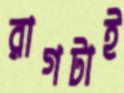
রাগটাই